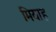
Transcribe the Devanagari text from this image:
मियाह